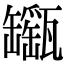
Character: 𤮫